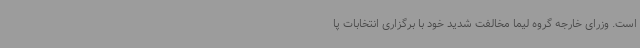
است. وزرای خارجه گروه لیما مخالفت شدید خود با برگزاری انتخابات پا